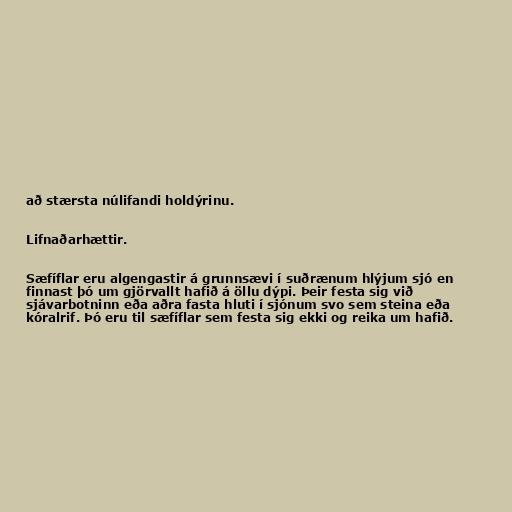
að stærsta núlifandi holdýrinu.

Lifnaðarhættir.

Sæfíflar eru algengastir á grunnsævi í suðrænum hlýjum sjó en
finnast þó um gjörvallt hafið á öllu dýpi. Þeir festa sig við
sjávarbotninn eða aðra fasta hluti í sjónum svo sem steina eða
kóralrif. Þó eru til sæfíflar sem festa sig ekki og reika um hafið.